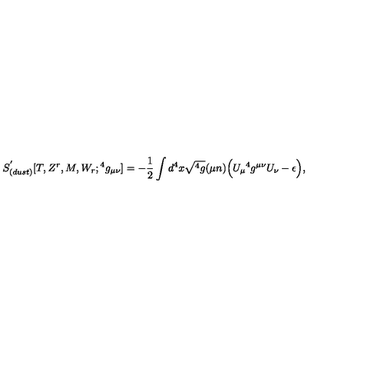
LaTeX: S _ { ( d u s t ) } ^ { ' } [ T , Z ^ { r } , M , W _ { r } ; { } ^ { 4 } g _ { \mu \nu } ] = - { \frac { 1 } { 2 } } \int d ^ { 4 } x \sqrt { { } ^ { 4 } g } ( \mu n ) \Big ( U _ { \mu } { } ^ { 4 } g ^ { \mu \nu } U _ { \nu } - \epsilon \Big ) ,